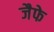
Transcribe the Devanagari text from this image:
जैफे